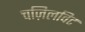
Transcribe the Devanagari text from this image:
चज़िलविट